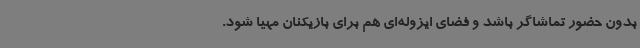
بدون حضور تماشاگر باشد و فضای ایزوله‌ای هم برای بازیکنان مهیا شود.